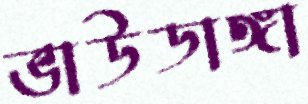
ভাউডাঙ্গা